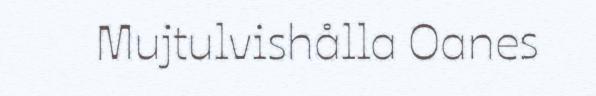
Mujtulvishålla Oanes